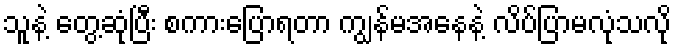
သူနဲ့ တွေ့ဆုံပြီး စကားပြောရတာ ကျွန်မအနေနဲ့ လိပ်ပြာမလုံသလို